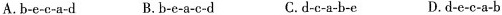
A.b-e-c-a-d B. b-e-a-c-d C.d-c-a-b-e D.d-c-c-a-b